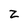
Character: z